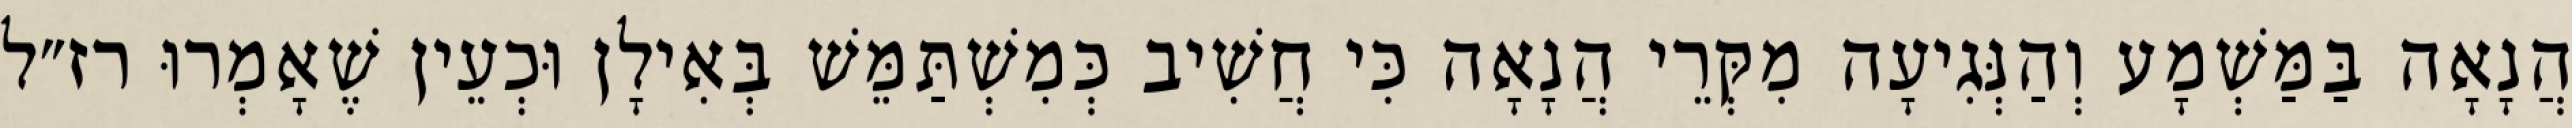
הֲנָאָה בַּמַּשְׁמָע וְהַנְּגִיעָה מִקְּרֵי הֲנָאָה כִּי חֲשִׁיב כְּמִשְׁתַּמֵּשׁ בְּאִילָן וּכְעֵין שֶׁאָמְרוּ רז״ל